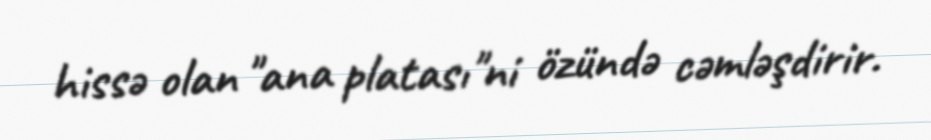
hissə olan "ana platası"ni özündə cəmləşdirir.